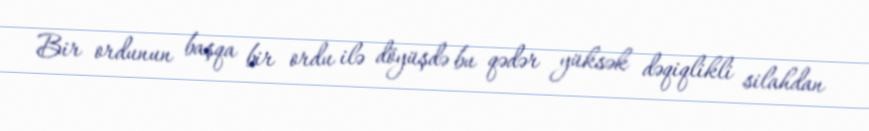
Bir ordunun başqa bir ordu ilə döyüşdə bu qədər yüksək dəqiqlikli silahdan